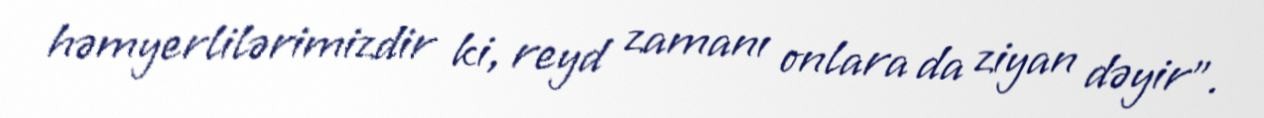
həmyerlilərimizdir ki, reyd zamanı onlara da ziyan dəyir”.